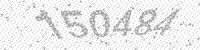
Solution: 150484